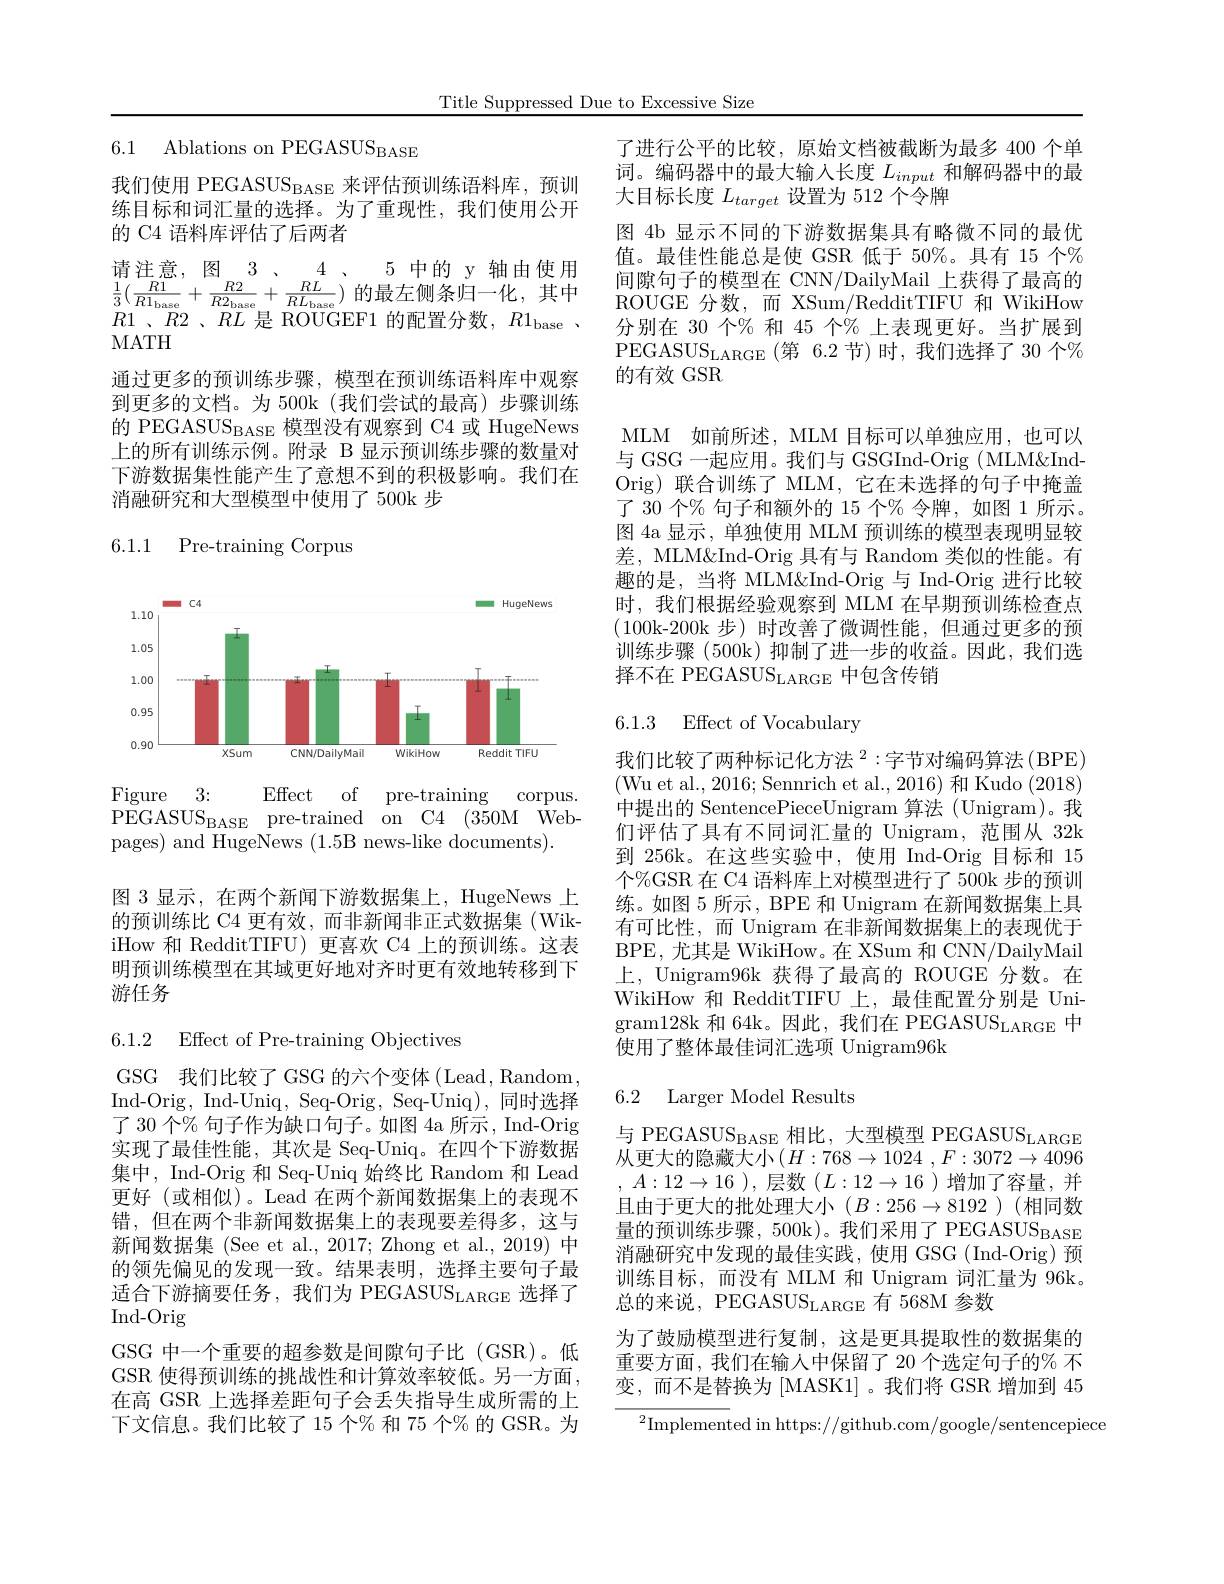
Title Suppressed Due to Excessive Size

6.1 Ablations on PEGASUS$_\mathrm{BASE}$

我们使用 PEGASUS$_\mathrm{BASE}$来评估预训练语料库，预训练目标和词汇量的选择。为了重现性，我们使用公开的 C4 语料库评估了后两者
请注意，图 3 、 4 、 5 中的 y 轴由使用$\frac{1}{3}(\frac{R1}{R1_{\mathrm{base}}}+\frac{R2}{R2_{\mathrm{base}}}+\frac{RL}{RL_{\mathrm{base}}})$的最左侧条归一化，其中$R1$ $、 R2$ $、 RL$ $是$ $ROUGEF1$ $的 配 置 分 数 $, $R1_{\mathrm{base}}$ $、$ MATH
通过更多的预训练步骤，模型在预训练语料库中观察到更多的文档。为 500k(我们尝试的最高)步骤训练的 PEGASUS$_\mathrm{BASE}$模型没有观察到 C4 或 HugeNews 上的所有训练示例。附录 B 显示预训练步骤的数量对下游数据集性能产生了意想不到的积极影响。我们在消融研究和大型模型中使用了 500k 步

## 6.1.1 Pre-training Corpus

<FigureHere>

Figure 3:
Effect of pre-training corpus.
PEGASUS$_\mathrm{BASE}$ pre-trained on C4 (350M Web-
pages) and HugeNews (1.5B news-like documents).

图 3 显示，在两个新闻下游数据集上，HugeNews 上的预训练比 C4 更有效，而非新闻非正式数据集(WikiHow 和 RedditTIFU) 更喜欢 C4 上的预训练。这表明预训练模型在其域更好地对齐时更有效地转移到下游任务

6.1.2 Effect of Pre-training Objectives

GSG 我们比较了 GSG 的六个变体 (Lead, Random Ind-Orig, Ind-Uniq, Seq-Orig, Seq-Uniq), 同时选择了 30 个% 句子作为缺口句子。如图 4a 所示，Ind-Orig 实现了最佳性能，其次是 Seq-Uniq。在四个下游数据集中，Ind-Orig 和 Seq-Uniq 始终比 Random 和 Lead 更好(或相似)。Lead 在两个新闻数据集上的表现不错，但在两个非新闻数据集上的表现要差得多，这与新闻数据集 (See et al.,2017; Zhong et al.,2019) 中的领先偏见的发现一致。结果表明，选择主要句子最适合下游摘要任务，我们为 PEGASUS$_\mathrm{LARGE}$选择了Ind- Orig
GSG 中一个重要的超参数是间隙句子比(GSR)。低GSR 使得预训练的挑战性和计算效率较低。另一方面， 在高 GSR 上选择差距句子会丢失指导生成所需的上下文信息。我们比较了 15 个% 和 75 个% 的 GSR。为

了进行公平的比较，原始文档被截断为最多 400 个单词。编码器中的最大输入长度$L_{input}$和解码器中的最大目标长度$L_{target}$设置为 512 个令牌
图 4b 显示不同的下游数据集具有略微不同的最优值。最佳性能总是使 GSR 低于 50%。具有 15 个% 间隙句子的模型在 CNN/DailyMail 上获得了最高的ROUGE 分数，而 XSum/RedditTIFU 和 WikiHow 分别在 30 个% 和 45 个% 上表现更好。当扩展到$\mathrm{PEGASUS}_{\mathrm{LARGE}}\left(\text{第 6.2节)时，我们选择了30 个}\%\right)$ 的有效 GSR

MLM 如前所述，MLM 目标可以单独应用，也可以与 GSG 一起应用。我们与 GSGInd-Orig (MLM&IndOrig) 联合训练了 MLM, 它在未选择的句子中掩盖了 30 个% 句子和额外的 15 个% 令牌，如图 1 所示。图 4a 显示，单独使用 MLM 预训练的模型表现明显较差，MLM&Ind-Orig 具有与 Random 类似的性能。有趣的是，当将 MLM&Ind-Orig 与 Ind-Orig 进行比较时，我们根据经验观察到 MLM 在早期预训练检查点(100k-200k 步)时改善了微调性能，但通过更多的预训练步骤 (500k)抑制了进一步的收益。因此，我们选择不在 PEGASUS$_\mathrm{LARGE}$中包含传销

6.1.3 Effect of Vocabulary

我们比较了两种标记化方法 $^2:$字节对编码算法(BPE) (Wu et al., 2016; Sennrich et al., 2016) 和 Kudo (2018) 中提出的 SentencePieceUnigram 算法 (Unigram)。我们评估了具有不同词汇量的 Unigram,范围从 32k 到 256k。在这些实验中，使用 Ind-Orig 目标和 15个$\%$GSR 在 C4 语料库上对模型进行了500k 步的预训练。如图 5 所示，BPE 和 Unigram 在新闻数据集上具有可比性，而 Unigram 在非新闻数据集上的表现优于BPE, 尤其是 WikiHow。在 XSum 和 CNN/DailyMail 上，Unigram96k 获得了最高的 ROUGE 分数。在WikiHow 和 RedditTIFU 上，最佳配置分别是 Unigram128k 和 64k。因此，我们在 PEGASUS$_\mathrm{LARGE}$中使用了整体最佳词汇选项 Unigram96k

## 6.2 Larger Model Results

与 PEGASUS$_\mathrm{BASE}$相比，大型模型 PEGASUS$_\mathrm{LARGE}$ 从更大的隐藏大小$\left(H:768\to1024\right.,F:3072\to4096$ $A:12\to16$ ),层数$(L:12\to16$ )增加了容量，并且由于更大的批处理大小($B:256\to8192$)(相同数$量的预训练步骤，500k)。我们采用了PEGASUS_{BASE}$ 消融研究中发现的最佳实践，使用 GSG (Ind-Orig) 预训练目标，而没有 MLM 和 Unigram 词汇量为 96k。总的来说，PEGASUS$_\mathrm{LARGE}$有 568M 参数
为了鼓励模型进行复制，这是更具提取性的数据集的重要方面，我们在输入中保留了 20 个选定句子的% 不变，而不是替换为 [MASK1] 。我们将 GSR 增加到 45

$^2$Implemented in https://github.com/google/sentencepiece